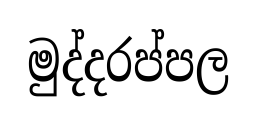
මුද්දරප්පල